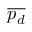
\overline { { p _ { d } } }